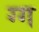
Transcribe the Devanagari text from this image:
ग्ग